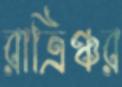
রাত্রিঞ্চর